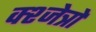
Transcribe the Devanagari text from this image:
क्श्जेत्रों